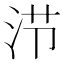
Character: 𰛤